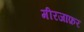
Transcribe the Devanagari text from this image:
मीरजाफ़र